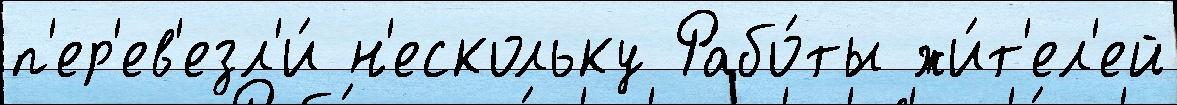
п'ер'ев'езл'и́ н'ескольку Рабо́ты жи́т'ел'ей